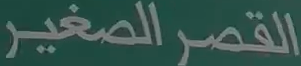
القصر الصغير